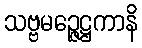
သဗ္ဗမဉ္ဇေဋ္ဌကာနိ